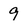
Character: 9